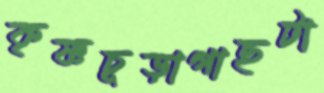
কৃষ্ণচূড়াগাছটা